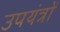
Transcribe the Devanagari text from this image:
उपयंत्रों